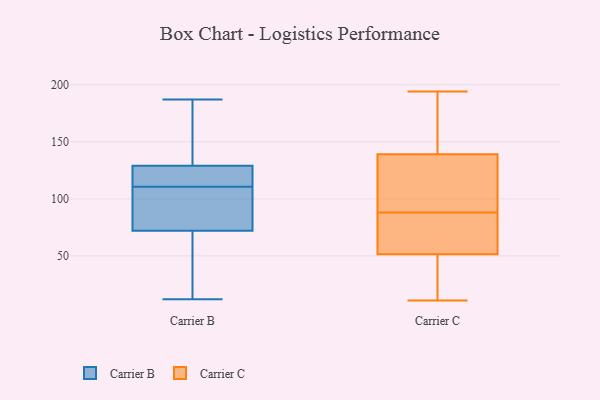
{"axis": {"x": "Population (Million)", "y": "Value"}, "legend": ["Carrier B", "Carrier C"], "data": [{"x": "", "y": 100, "type": "Carrier B"}, {"x": "", "y": 129, "type": "Carrier B"}, {"x": "", "y": 112, "type": "Carrier B"}, {"x": "", "y": 16, "type": "Carrier B"}, {"x": "", "y": 187, "type": "Carrier B"}, {"x": "", "y": 119, "type": "Carrier B"}, {"x": "", "y": 115, "type": "Carrier B"}, {"x": "", "y": 161, "type": "Carrier B"}, {"x": "", "y": 72, "type": "Carrier B"}, {"x": "", "y": 98, "type": "Carrier B"}, {"x": "", "y": 12, "type": "Carrier B"}, {"x": "", "y": 37, "type": "Carrier B"}, {"x": "", "y": 109, "type": "Carrier B"}, {"x": "", "y": 141, "type": "Carrier B"}, {"x": "", "y": 88, "type": "Carrier C"}, {"x": "", "y": 124, "type": "Carrier C"}, {"x": "", "y": 55, "type": "Carrier C"}, {"x": "", "y": 55, "type": "Carrier C"}, {"x": "", "y": 142, "type": "Carrier C"}, {"x": "", "y": 147, "type": "Carrier C"}, {"x": "", "y": 162, "type": "Carrier C"}, {"x": "", "y": 79, "type": "Carrier C"}, {"x": "", "y": 112, "type": "Carrier C"}, {"x": "", "y": 68, "type": "Carrier C"}, {"x": "", "y": 11, "type": "Carrier C"}, {"x": "", "y": 194, "type": "Carrier C"}, {"x": "", "y": 41, "type": "Carrier C"}, {"x": "", "y": 138, "type": "Carrier C"}, {"x": "", "y": 11, "type": "Carrier C"}, {"x": "", "y": 26, "type": "Carrier C"}, {"x": "", "y": 96, "type": "Carrier C"}]}